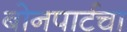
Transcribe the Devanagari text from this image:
बोनपार्टचा